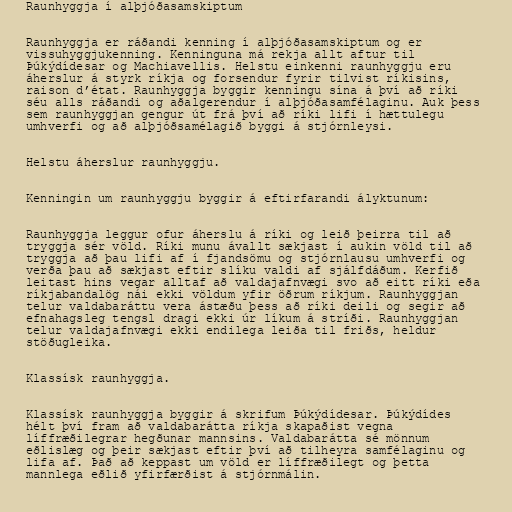
Raunhyggja í alþjóðasamskiptum

Raunhyggja er ráðandi kenning í alþjóðasamskiptum og er
vissuhyggjukenning. Kenninguna má rekja allt aftur til
Þúkýdídesar og Machiavellis. Helstu einkenni raunhyggju eru
áherslur á styrk ríkja og forsendur fyrir tilvist ríkisins,
raison d’état. Raunhyggja byggir kenningu sína á því að ríki
séu alls ráðandi og aðalgerendur í alþjóðasamfélaginu. Auk þess
sem raunhyggjan gengur út frá því að ríki lifi í hættulegu
umhverfi og að alþjóðsamélagið byggi á stjórnleysi.

Helstu áherslur raunhyggju.

Kenningin um raunhyggju byggir á eftirfarandi ályktunum:

Raunhyggja leggur ofur áherslu á ríki og leið þeirra til að
tryggja sér völd. Ríki munu ávallt sækjast í aukin völd til að
tryggja að þau lifi af í fjandsömu og stjórnlausu umhverfi og
verða þau að sækjast eftir slíku valdi af sjálfdáðum. Kerfið
leitast hins vegar alltaf að valdajafnvægi svo að eitt ríki eða
ríkjabandalög nái ekki völdum yfir öðrum ríkjum. Raunhyggjan
telur valdabaráttu vera ástæðu þess að ríki deili og segir að
efnahagsleg tengsl dragi ekki úr líkum á stríði. Raunhyggjan
telur valdajafnvægi ekki endilega leiða til friðs, heldur
stöðugleika.

Klassísk raunhyggja.

Klassísk raunhyggja byggir á skrifum Þúkýdídesar. Þúkýdídes
hélt því fram að valdabarátta ríkja skapaðist vegna
líffræðilegrar hegðunar mannsins. Valdabarátta sé mönnum
eðlislæg og þeir sækjast eftir því að tilheyra samfélaginu og
lifa af. Það að keppast um völd er líffræðilegt og þetta
mannlega eðlið yfirfærðist á stjórnmálin.